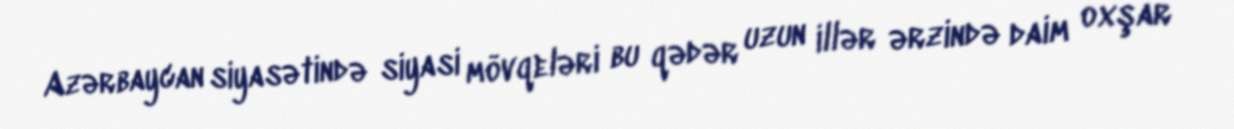
Azərbaycan siyasətində siyasi mövqeləri bu qədər uzun illər ərzində daim oxşar